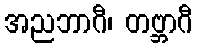
အညဘာဂီ၊ တဗ္ဘာဂီ